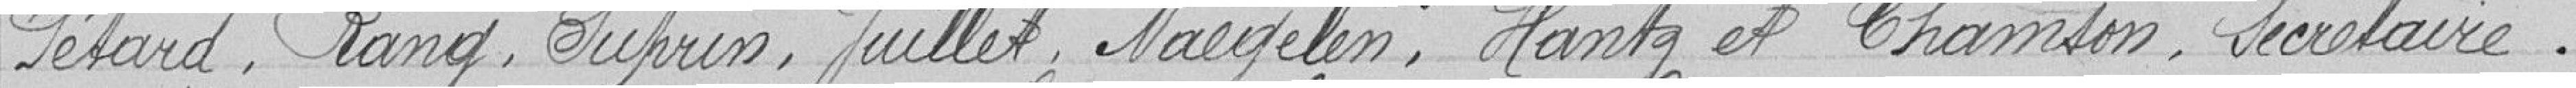
Pétard, Rang, Suprin, Juillet, Naegelen, Hantz et Thamson, secrétaire.